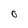
Character: O